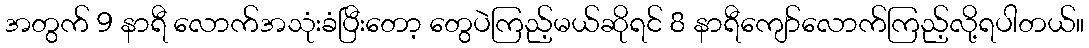
အတွက် 9 နာရီ လောက်အသုံးခံပြီးတော့ တွေပဲကြည့်မယ်ဆိုရင် 8 နာရီကျော်လောက်ကြည့်လို့ရပါတယ်။